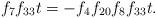
LaTeX: \begin{align*}f_7f_{33}t &= -f_4f_{20}f_{8}f_{33}t.\end{align*}